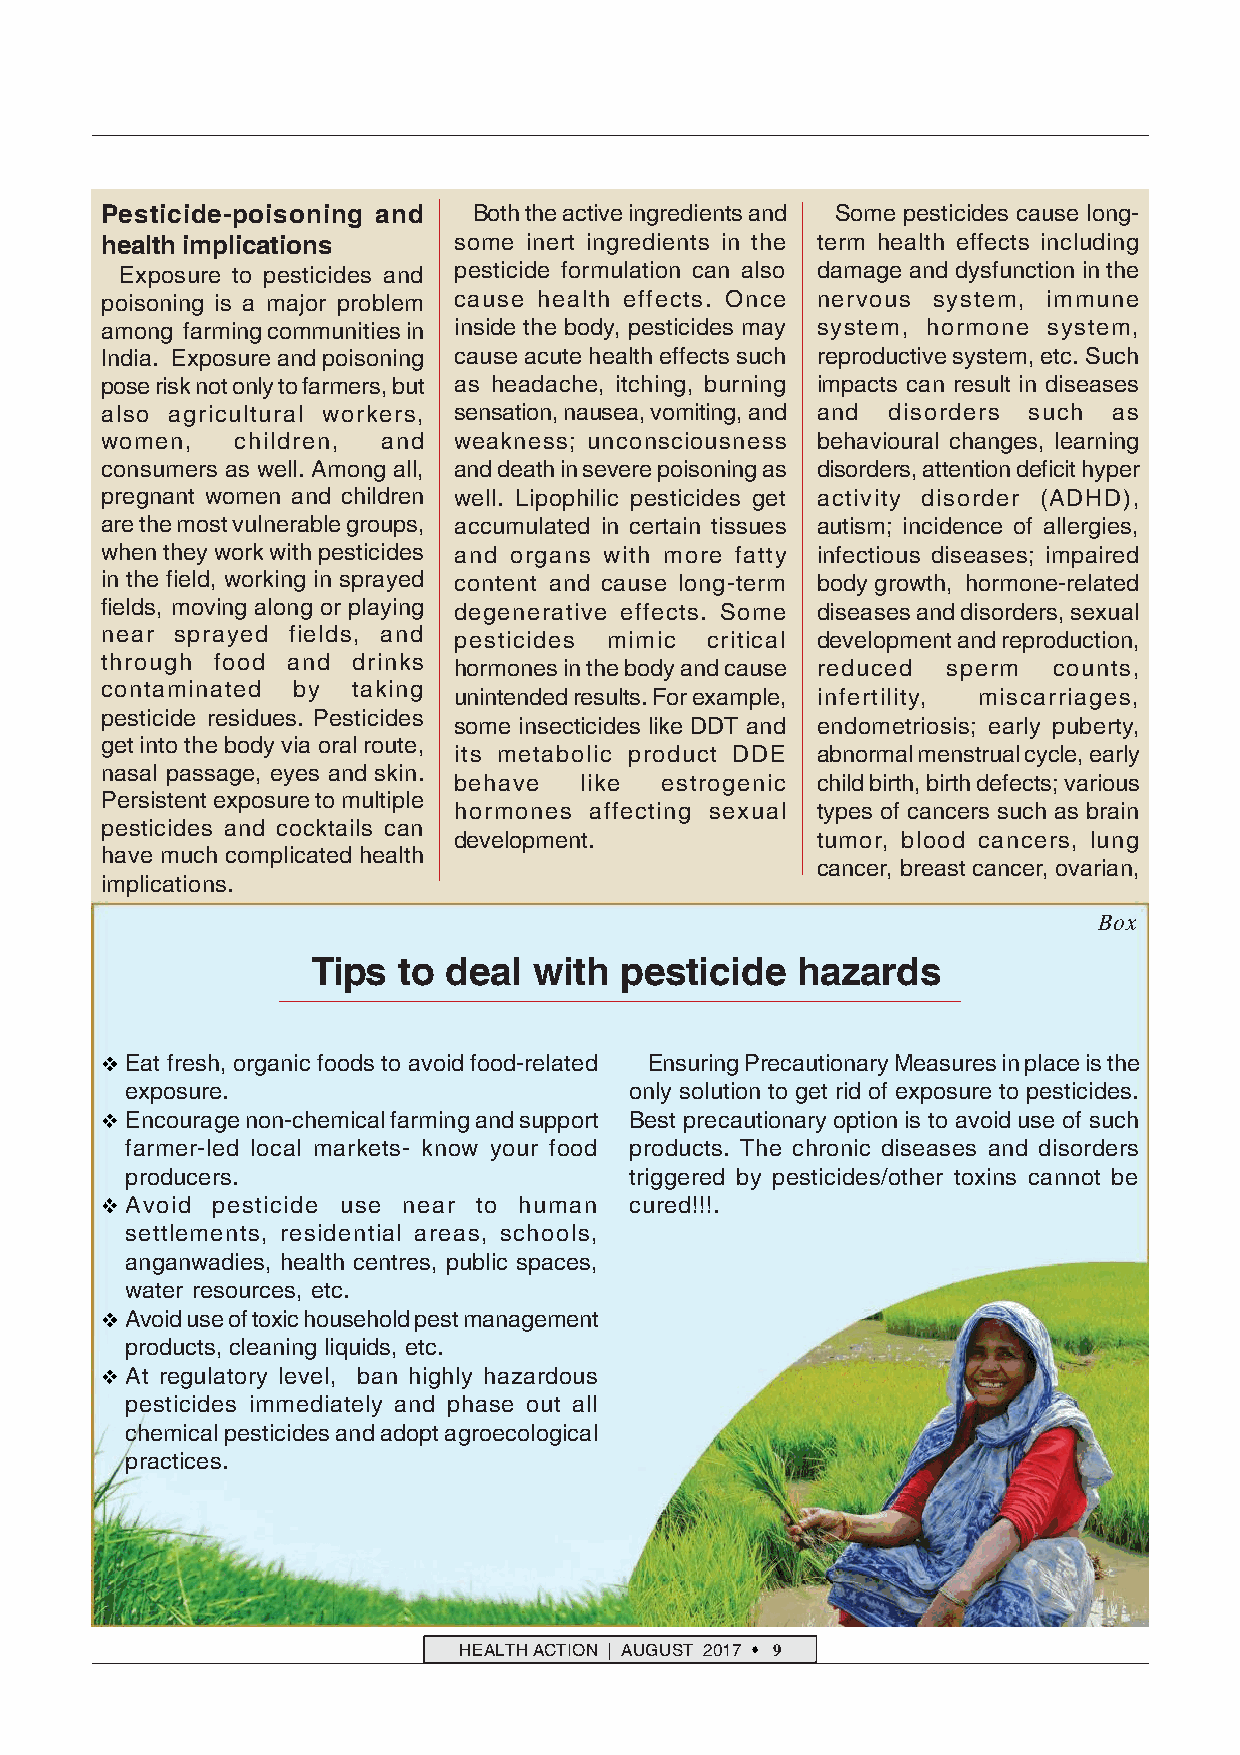
Pesticide-poisoning and Both the active ingredients and Some pesticides cause long-
 health implications    some inert ingredients in the term health effects including
 Exposure to pesticides and pesticide formulation can also damage and dysfunction in the
 poisoning is a major problem cause health effects. Once nervous system, immune
 among farming communities in inside the body, pesticides may system, hormone system,
 India. Exposure and poisoning cause acute health effects such reproductive system, etc. Such
 pose risk not only to farmers, but as headache, itching, burning impacts can result in diseases
 also agricultural workers, sensation, nausea, vomiting, and and disorders such as
 women,   children, and weakness; unconsciousness behavioural changes, learning
 consumers as well. Among all, and death in severe poisoning as disorders, attention deficit hyper
 pregnant women and children well. Lipophilic pesticides get activity disorder (ADHD),
 are the most vulnerable groups, accumulated in certain tissues autism; incidence of allergies,
 when they work with pesticides and organs with more fatty infectious diseases; impaired
 in the field, working in sprayed content and cause long-term body growth, hormone-related
 fields, moving along or playing degenerative effects. Some diseases and disorders, sexual
 near sprayed fields, and pesticides mimic critical development and reproduction,
 through food and drinks
 hormones in the body and cause reduced sperm counts,
 contaminated by taking
 unintended results. For example, infertility, miscarriages,
 pesticide residues. Pesticides
 some insecticides like DDT and endometriosis; early puberty,
 get into the body via oral route,
 its metabolic product DDE abnormal menstrual cycle, early
 nasal passage, eyes and skin.
 behave  like  estrogenic child birth, birth defects; various
 Persistent exposure to multiple
 hormones affecting sexual types of cancers such as brain
 pesticides and cocktails can
 development.            tumor, blood cancers, lung
 have much complicated health
 cancer, breast cancer, ovarian,
 implications.
 Box
 Tips to  deal with  pesticide   hazards
 Eat fresh, organic foods to avoid food-related Ensuring Precautionary Measures in place is the
 exposure.                         only solution to get rid of exposure to pesticides.
 Encourage non-chemical farming and support Best precautionary option is to avoid use of such
 farmer-led local markets- know your food products. The chronic diseases and disorders
 producers.                        triggered by pesticides/other toxins cannot be
 Avoid pesticide use near to human cured!!!.
 settlements, residential areas, schools,
 anganwadies, health centres, public spaces,
 water resources, etc.
 Avoid use of toxic household pest management
 products, cleaning liquids, etc.
 At regulatory level, ban highly hazardous
 pesticides immediately and phase out all
 chemical pesticides and adopt agroecological
 practices.
 HEALTH ACTION | AUGUST 2017 9